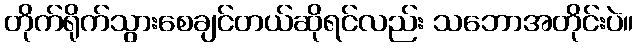
တိုက်ရိုက်သွားစေချင်တယ်ဆိုရင်လည်း သဘောအတိုင်းပဲ။